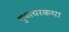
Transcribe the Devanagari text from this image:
गुप्तचरकथा